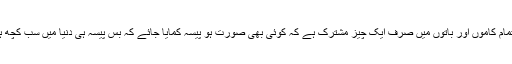
ان تمام کاموں اور باتوں میں صرف ایک چیز مشترک ہے کہ کوئی بھی صورت ہو پیسہ کمایا جائے کہ بس پیسہ ہی دنیا میں سب کچھ ہے۔